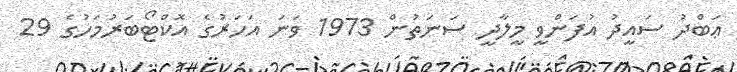
ޢަބްދު ސައީދު އުފަންވީ މީލާދީ ސަނަތުން 1973 ވަނަ އަހަރުގެ އޮކްޓޯބަރުމަހުގެ 29